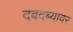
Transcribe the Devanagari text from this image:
दबदब्यावर